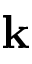
\mathbf { k }